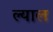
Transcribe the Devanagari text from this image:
ल्याल